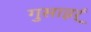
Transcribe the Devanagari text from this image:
गुसाइर्ं